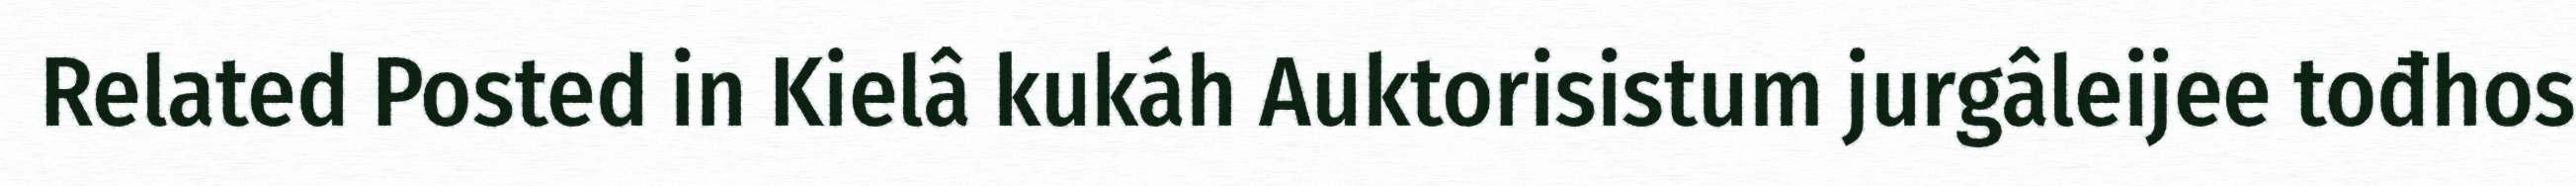
Related Posted in Kielâ kukáh Auktorisistum jurgâleijee tođhos